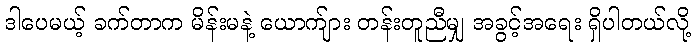
ဒါပေမယ့် ခက်တာက မိန်းမနဲ့ ယောက်ျား တန်းတူညီမျှ အခွင့်အရေး ရှိပါတယ်လို့